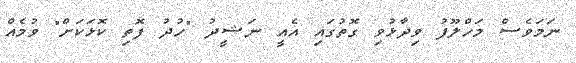
ނަމަވެސް މަހްލޫފު ވިދާޅުވި ގޮތުގައި އެއީ ނަޝީދު "ހުދު ފޮތި ކޮޅަކަށް" ވުމެއް